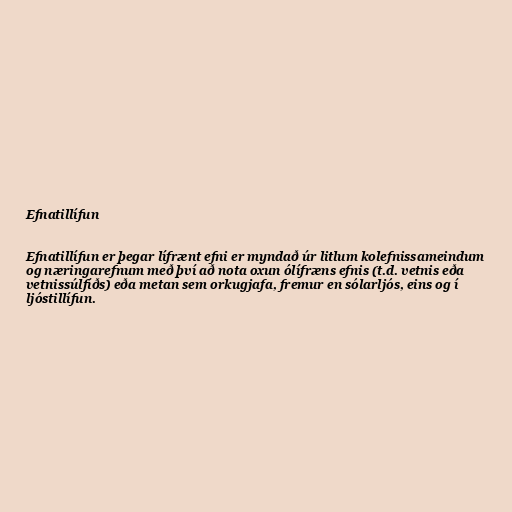
Efnatillífun

Efnatillífun er þegar lífrænt efni er myndað úr litlum kolefnissameindum
og næringarefnum með því að nota oxun ólífræns efnis (t.d. vetnis eða
vetnissúlfíðs) eða metan sem orkugjafa, fremur en sólarljós, eins og í
ljóstillífun.